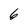
Character: 6